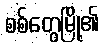
စစ်တွေမြို့၏